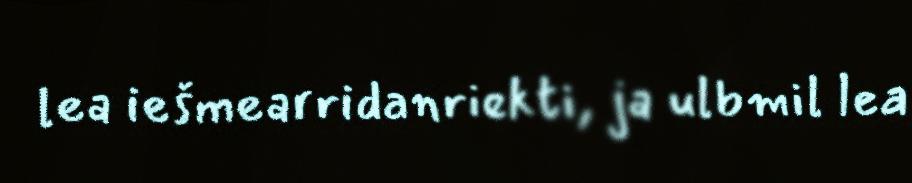
lea iešmearridanriekti, ja ulbmil lea